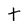
Character: t